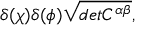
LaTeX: \delta ( \chi ) \delta ( \phi ) \sqrt { d e t C ^ { \alpha \beta } } ,